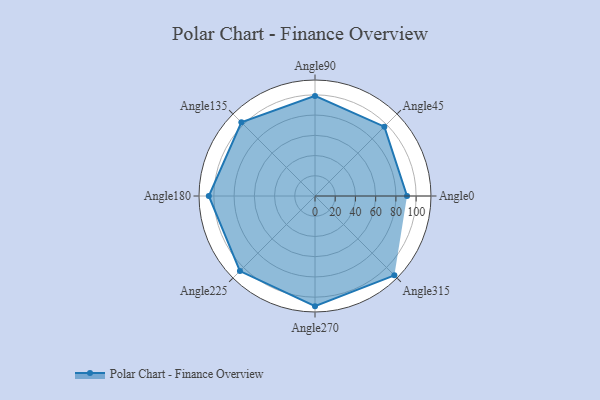
{"axis": {"x": "Angle", "y": "Radius"}, "legend": [""], "data": [{"x": "Angle0", "y": 91.0, "type": ""}, {"x": "Angle45", "y": 97.0, "type": ""}, {"x": "Angle90", "y": 99.0, "type": ""}, {"x": "Angle135", "y": 103.0, "type": ""}, {"x": "Angle180", "y": 105.0, "type": ""}, {"x": "Angle225", "y": 105.0, "type": ""}, {"x": "Angle270", "y": 109.0, "type": ""}, {"x": "Angle315", "y": 111.0, "type": ""}]}